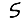
Digit: 5